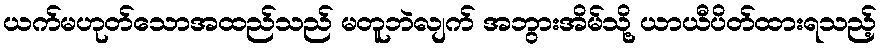
ယက်မဟုတ်သောအထည်သည် မတူဘဲလျက် အဘွားအိမ်သို့ ယာယီပိတ်ထားရသည့်